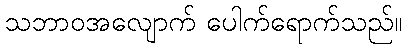
သဘာဝအလျောက် ပေါက်ရောက်သည်။